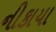
નીકાયા